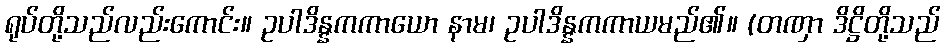
ရုပ်တို့သည်လည်းကောင်း။ ဥပါဒိန္နကကာယော နာမ၊ ဥပါဒိန္နကကာယမည်၏။ (တဏှာ ဒိဋ္ဌိတို့သည်